Leaving Certificate, 1898
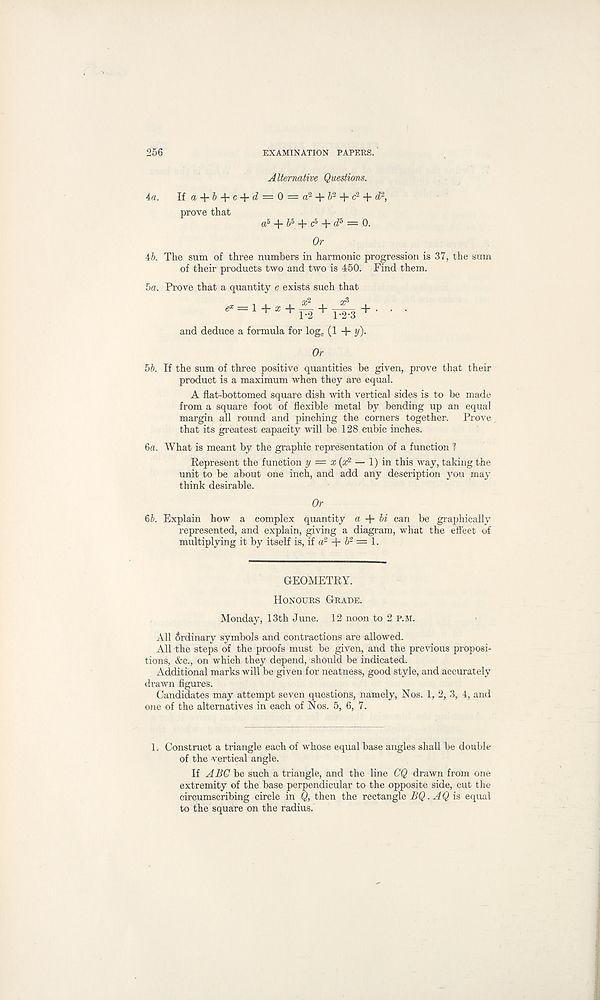
256
EXAMINATION PAPERS.
Alternative Questions.
4a. If a + 6 + c + d = 0 = a 2 + & 2 + c 2 -f d 2 ,
prove that
a 5 + J 5 + c 5 + (f 5 = 0.
Or
46. The sum of three numbers in harmonic progression is 37, the sum
of their products two and two is 450. Find them.
5a. Prove that a quantity e exists such that
_ , , , a: 2 ,
.
^- 1 + a: + F2 + T^3 + ■
and deduce a formula for log e (1 + y).
Or
56. If the sum of three positive quantities be given, prove that their
product is a maximum when they are equal.
A flat-bottomed square dish with vertical sides is to be made
from a square foot of flexible metal by bending up an equal
margin all round and pinching the corners together. Prove
that its greatest capacity will be 128 cubic inches.
6a. What is meant by the graphic representation of a function l
Represent the function y — x (» 2 — 1) in this way, taking the
unit to be about one inch, and add any description you may
think desirable.
Or
66. Explain how a complex quantity a + hi can be graphically
represented, and explain, giving a diagram, what the effect of
multiplying it by itself is, if a 2 + 6 2 = 1.
GEOMETRY.
Honours Grade.
Monday, 13th June. 12 noon to 2 p.m.
All Ordinary symbols and contractions are allowed.
All the steps of the proofs must be given, and the previous proposi-
tions, &c., on which they depend, should be indicated.
Additional marks will be given for neatness, good style, and accurately
drawn figures.
Candidates may attempt seven questions, namely, Nos. 1, 2, 3, 4, and
one of the alternatives in each of Nos. 5, 6, 7.
1. Construct a triangle each of whose equal base angles shall be double
of the vertical angle.
If ABG be such a triangle, and the line CQ drawn from one
extremity of the base perpendicular to the opposite side, cut the
circumscribing circle in Q, then the rectangle BQ. AQ is equal
to the square on the radius.